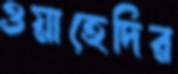
ওয়াহেদির